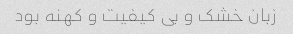
زبان خشک و بی کیفیت و کهنه بود